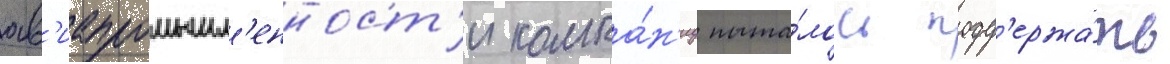
ав'иапромышл'енност'и компа́н'иу пыта́лось подд'ержа́ть